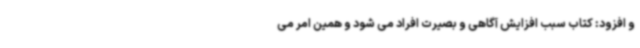
و افزود: کتاب سبب افزایش آگاهی و بصیرت افراد می شود و همین امر می